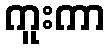
ကူးကာ